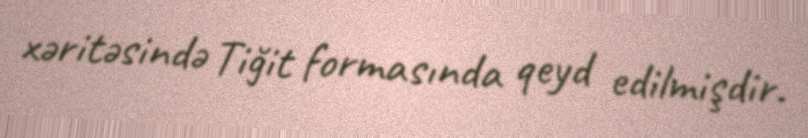
xəritəsində Tiğit formasında qeyd edilmişdir.